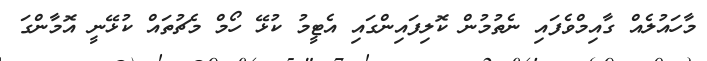
މާހައުލެއް ގާއިމްވެފައި ނެތުމުން ކޮލިފައިންގައި އެޓީމު ކުޅޭ ހޯމް މެޗުތައް ކުޅޭނީ އޮމާންގަ